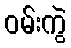
ဝမ်းကွဲ